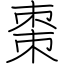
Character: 棗